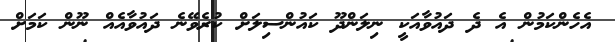
އެހެންކަމުން އެ ދެ ދައުވާއަކީ ނިލަންދޫ ކައުންސިލަށް ކުރެވޭނެ ދައުވާއެއް ނޫން ކަމަށް